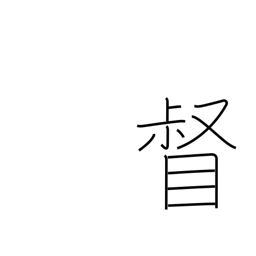
Meaning: supervise